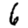
Digit: 6